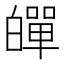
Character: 𤾠